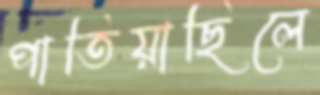
পাতিয়াছিলে